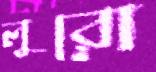
লুরো